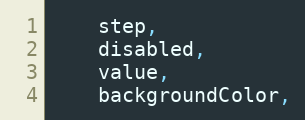
Language: JavaScript
    step,
    disabled,
    value,
    backgroundColor,